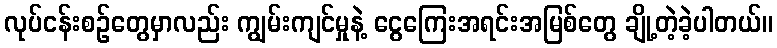
လုပ်ငန်းစဉ်တွေမှာလည်း ကျွမ်းကျင်မှုနဲ့ ငွေကြေးအရင်းအမြစ်တွေ ချို့တဲ့ခဲ့ပါတယ်။